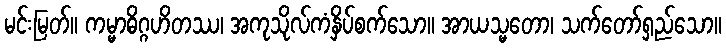
မင်းမြတ်။ ကမ္မာဓိဂ္ဂဟိတဿ၊ အကုသိုလ်ကံနှိပ်စက်သော။ အာယသ္မတော၊ သက်တော်ရှည်သော။